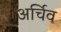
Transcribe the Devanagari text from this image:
अर्चिव